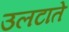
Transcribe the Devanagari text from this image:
उलटाते